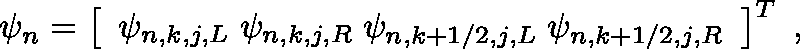
\mathbf { \psi } _ { n } = \left[ \begin{array} { l } { \psi _ { n , k , j , L } \; \psi _ { n , k , j , R } \; \psi _ { n , k + 1 / 2 , j , L } \; \psi _ { n , k + 1 / 2 , j , R } } \end{array} \right] ^ { T } \; ,